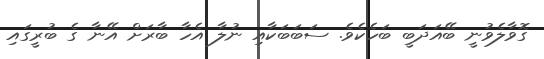
ގޮވާލެވުނީ ބޭއަދަބީ ބަހެކެވެ. ސަބަބަކާއި ނުލާ އެހާ ބާރަށް އޭނާ ގެ ބުރީގައި